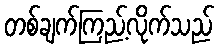
တစ်ချက်ကြည့်လိုက်သည်